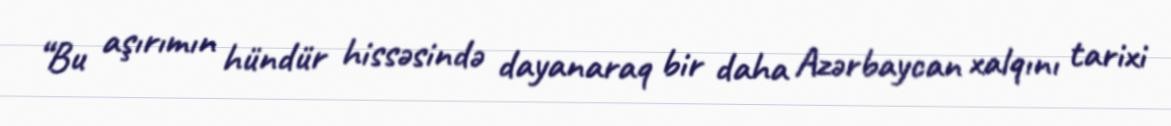
“Bu aşırımın hündür hissəsində dayanaraq bir daha Azərbaycan xalqını tarixi